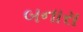
બનારા